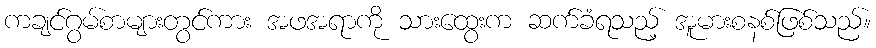
ကချင်ဂွမ်စာများတွင်ကား အဖအရာကို သားထွေးက ဆက်ခံရသည့် အူမားစနစ်ဖြစ်သည်။